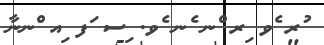
ުރ ެވ ިރ ްނ ެނ ެވ. ިސ ަފ ިއ ްނނާ